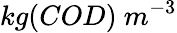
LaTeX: kg(COD)\ m^{-3}